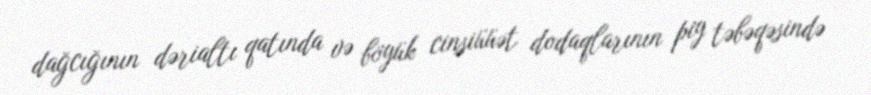
dağcığının dərialtı qatında və böyük cinsiüüət dodaqlarının piy təbəqəsində